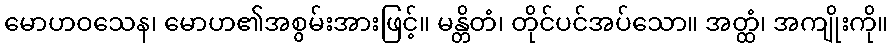
မောဟဝသေန၊ မောဟ၏အစွမ်းအားဖြင့်။ မန္တိတံ၊ တိုင်ပင်အပ်သော။ အတ္ထံ၊ အကျိုးကို။